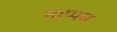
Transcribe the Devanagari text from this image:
नाप्पम